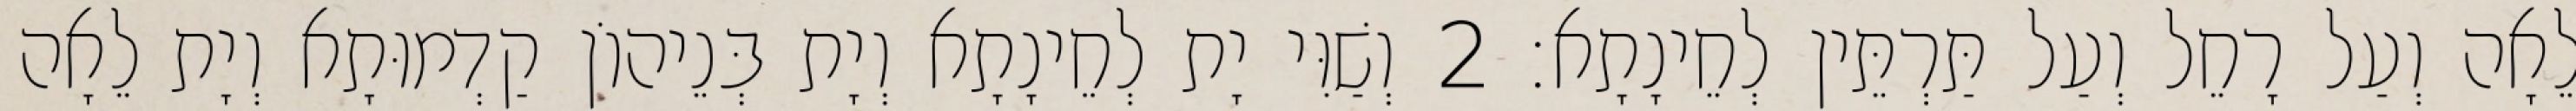
לֵאָה וְעַל רָחֵל וְעַל תַּרְתֵּין לְחֵינָתָא׃ 2 וְשַׁוִּי יָת לְחֵינָתָא וְיָת בְּנֵיהוֹן קַדְמוּתָא וְיָת לֵאָה